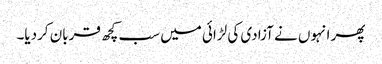
پھر انہوں نے آزادی کی لڑائی میں سب کچھ قربان کردیا۔